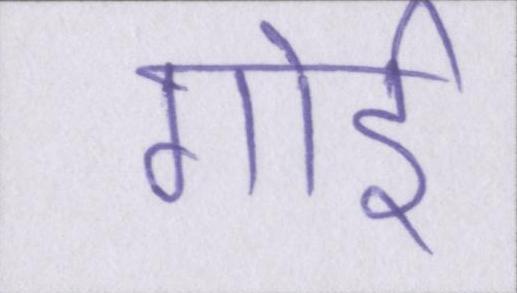
गोई